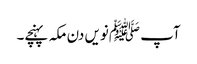
آپ ﷺنویں دن مکہ پہنچے۔